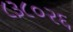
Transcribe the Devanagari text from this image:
८३८०२६